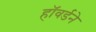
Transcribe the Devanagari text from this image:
हॉवर्डने